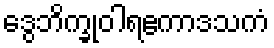
ဒွေဘိက္ခုဝါရဧကာဒသကံ